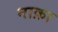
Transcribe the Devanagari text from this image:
नाक़ा